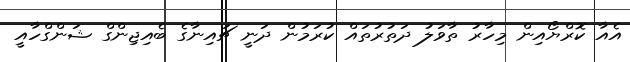
އެއާ ކޮރްޔޯއިން މިހާރު ތާވަލު ދަތުރުތައް ކުރަމުން ދަނީ ޗައިނާގެ ބެއިޖިންގް ޝަންގްހާއީ